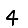
Digit: 4